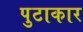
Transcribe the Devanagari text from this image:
पुटाकार